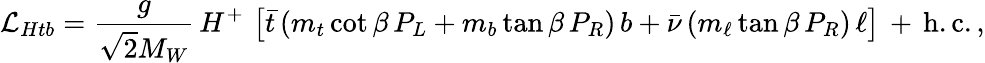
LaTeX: {\cal L}_{Htb}={\frac{g}{\sqrt{2}M_{W}}}\, H^{+}\, \left[\bar{t}\, (m_{t}\cot\beta\, P_{L}+m_{b}\tan\beta\, P_{R})\, b+\bar{\nu}\, (m_{\ell}\tan\beta\, P_{R})\, \ell\right]\, +\, \mathrm{h.c.}\, ,